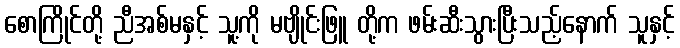
စောကြိုင်တို့ ညီအစ်မနှင့် သူ့ကို မဗျိုင်းဖြူ တို့က ဖမ်းဆီးသွားပြီးသည့်နောက် သူနှင့်